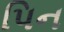
પિન